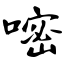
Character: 嘧